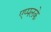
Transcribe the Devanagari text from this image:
एप्पलके